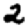
Digit: 2